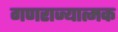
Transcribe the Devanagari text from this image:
गणराज्‍यात्‍मक